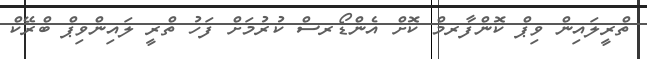
ތްރީލައިން ވިޕް ކޮންފާރމް ކޮށް އެންޑޯރސް ކުރުމަށް ފަހު ތްރީ ލައިންވިޕް ބްރޭކް